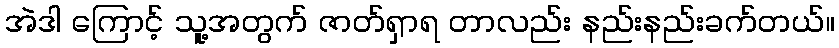
အဲဒါ ကြောင့် သူ့အတွက် ဇာတ်ရှာရ တာလည်း နည်းနည်းခက်တယ်။